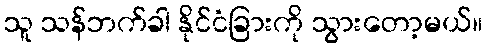
သူ သန်ဘက်ခါ နိုင်ငံခြားကို သွားတော့မယ်။